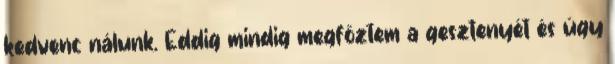
kedvenc nálunk. Eddig mindig megfőztem a gesztenyét és úgy